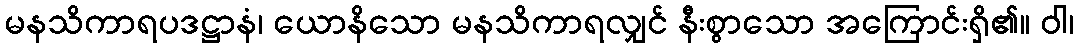
မနသိကာရပဒဋ္ဌာနံ၊ ယောနိသော မနသိကာရလျှင် နီးစွာသော အကြောင်းရှိ၏။ ဝါ၊